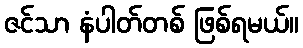
ဇင်သာ နံပါတ်တစ် ဖြစ်ရမယ်။